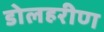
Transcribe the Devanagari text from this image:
डोलहरीण